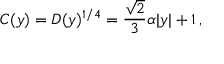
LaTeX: C ( y ) = D ( y ) ^ { 1 / 4 } = \frac { \sqrt { 2 } } { 3 } \alpha | y | + 1 \, ,